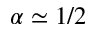
\alpha \simeq 1 / 2